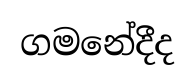
ගමනේදීද